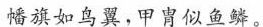
幡旗如鸟翼，甲胄似鱼鳞。